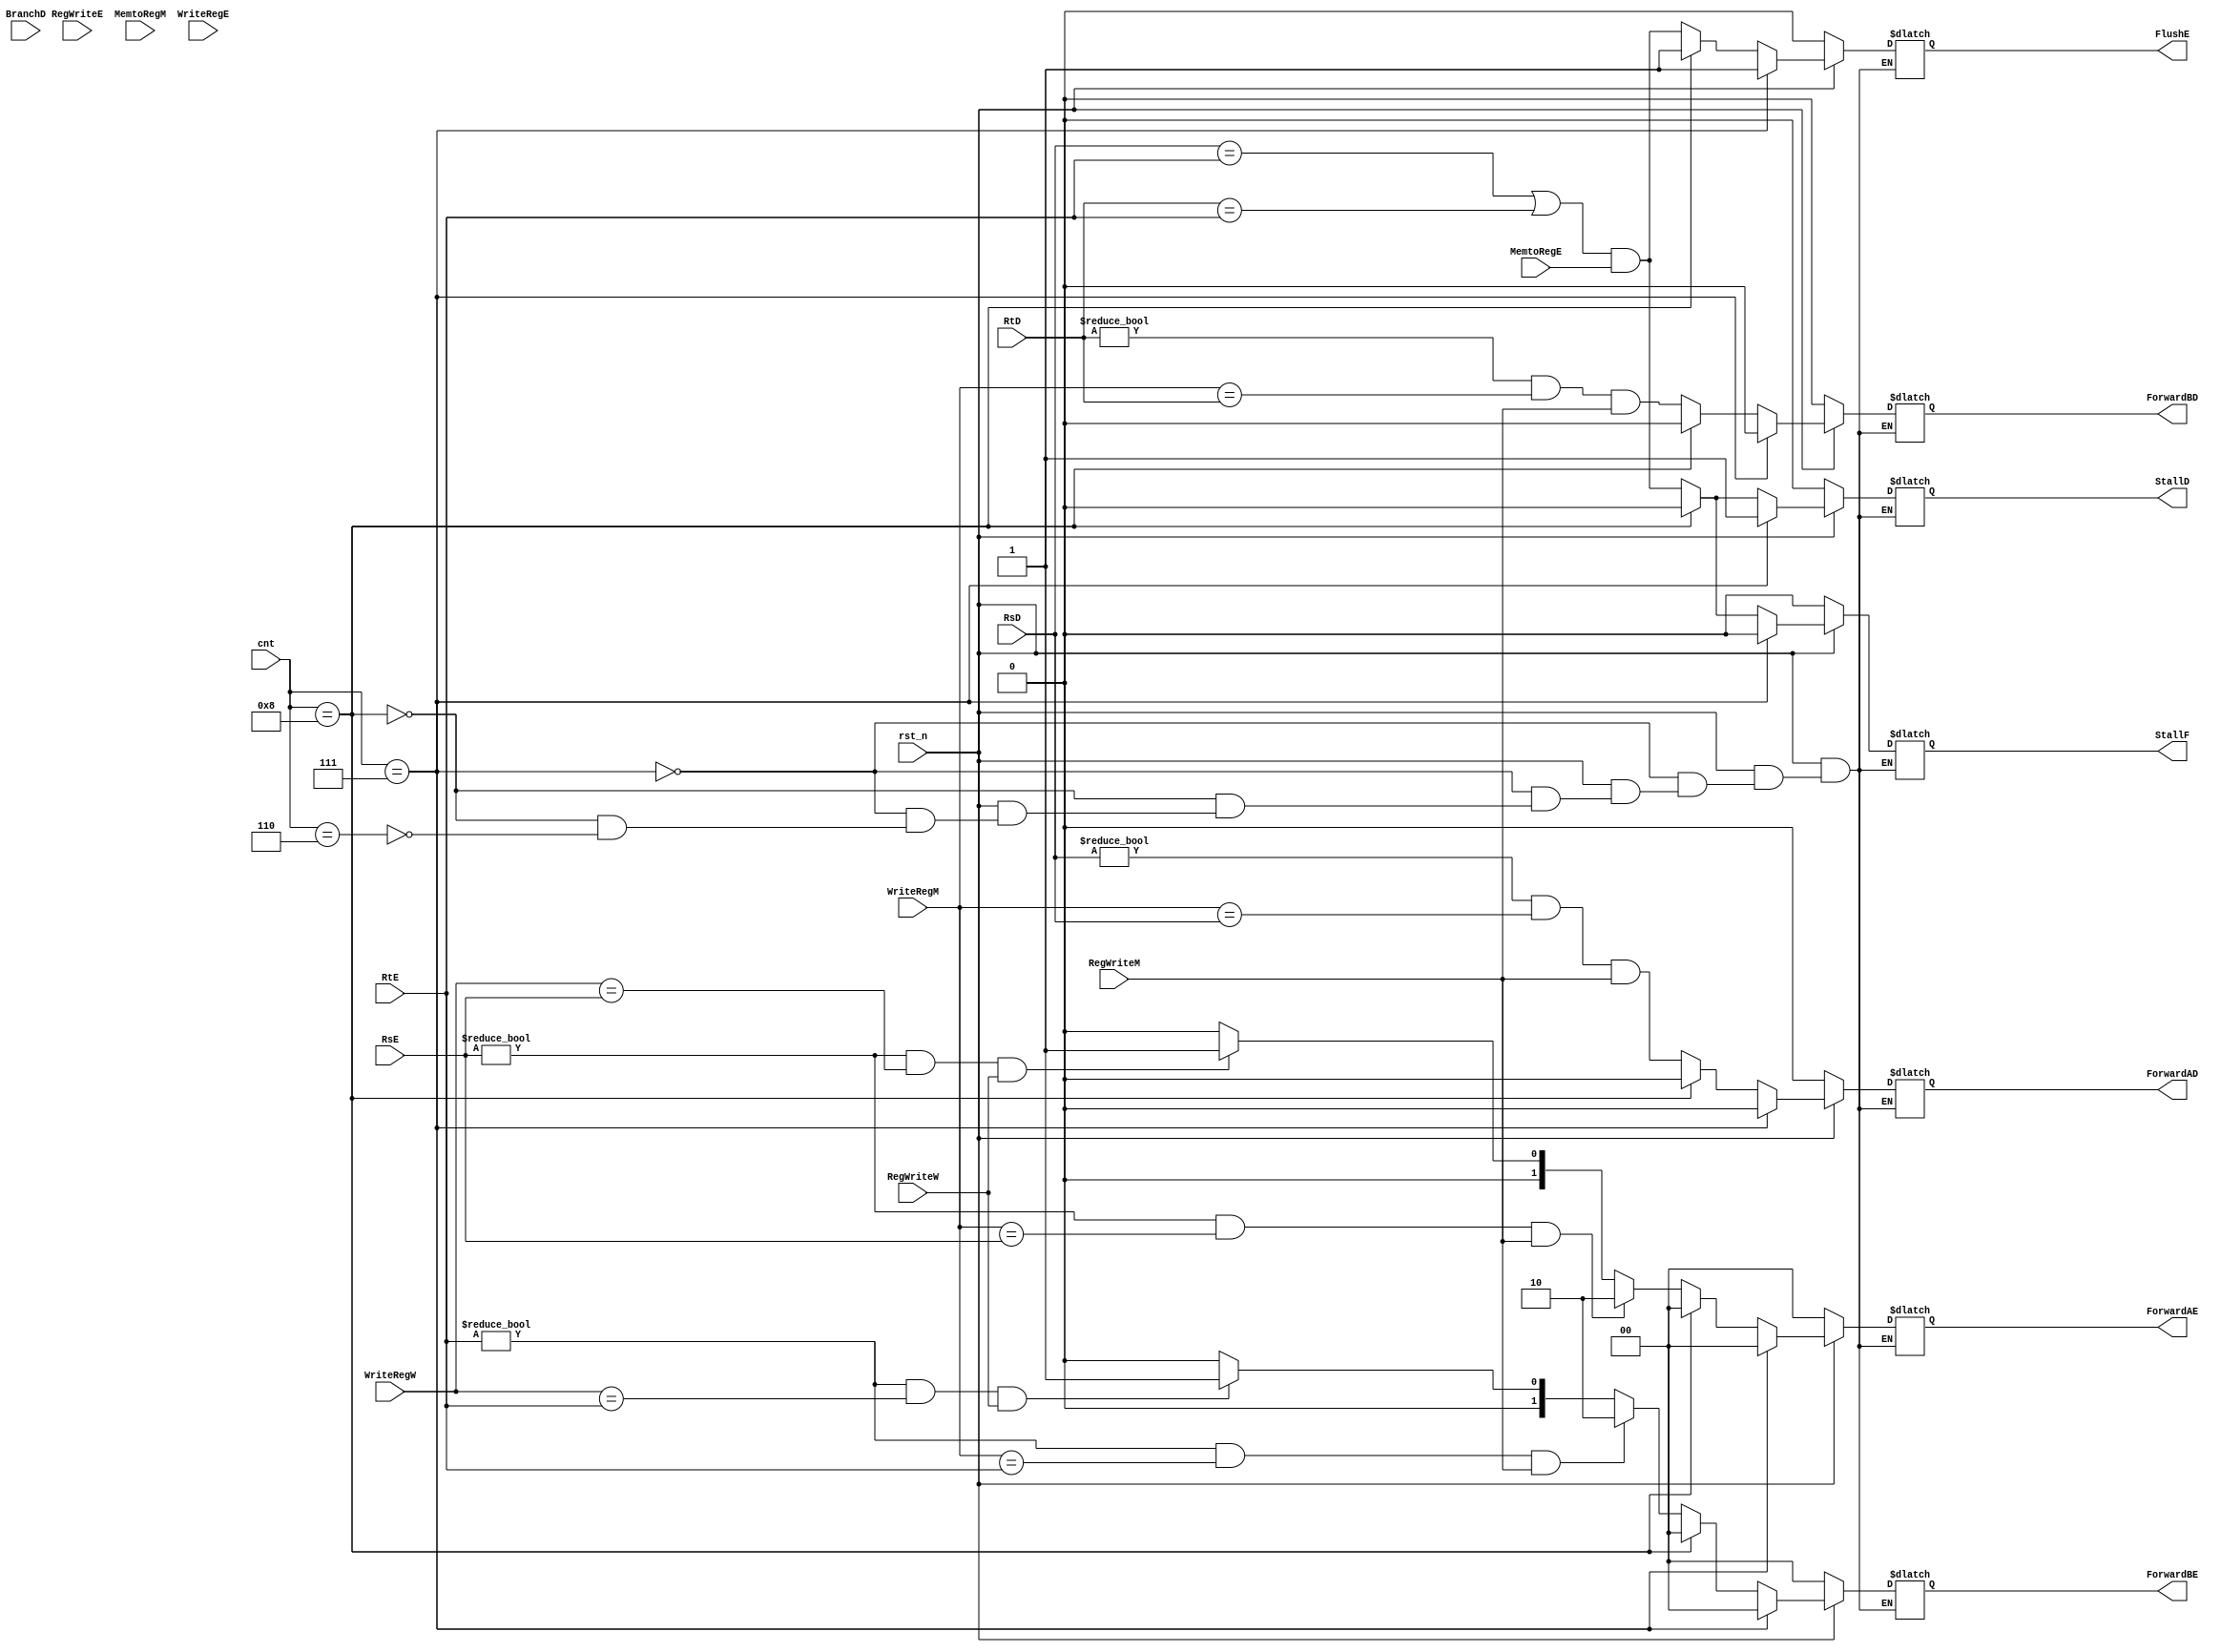
`timescale 1ns / 1ps
//////////////////////////////////////////////////////////////////////////////////
// Company: 
// Engineer: 
// 
// Design Name: 
// Module Name:    hazard_unit 
// Project Name: 
// Target Devices: 
// Tool versions: 
// Description: 
//
// Dependencies: 
//
// Revision: 
// Revision 0.01 - File Created
// Additional Comments: 
//
//////////////////////////////////////////////////////////////////////////////////
module hazard_unit(
	input rst_n,
	input [3:0] cnt,
	input RegWriteE,
	input RegWriteM,
	input RegWriteW,
	input MemtoRegE,
	input MemtoRegM,
	input BranchD,
	input [4:0] WriteRegE,
	input [4:0] WriteRegM,
	input [4:0] WriteRegW,
	input [4:0] RsD,
	input [4:0] RtD,
	input [4:0] RsE,
	input [4:0] RtE,
/*	output StallF,
	output StallD,
	output FlushE,
	output ForwardAD,
	output ForwardBD,
	output [1:0] ForwardAE,
	output [1:0] ForwardBE
*/ output reg StallF,
	output reg StallD,
	output reg FlushE,
	output reg ForwardAD,
	output reg ForwardBD,
	output reg [1:0] ForwardAE,
	output reg [1:0] ForwardBE
    );
	 
reg lwStall, branchStall;

/*
wire lwStall, branchStall;

assign lwStall = ((RsD == RtE) || (RtD == RtE)) && MemtoRegE;
assign branchStall = (BranchD && RegWriteE && ((WriteRegE == RsD) || (WriteRegE == RtD))) || (BranchD && MemtoRegM && ((WriteRegM == RsD) || (WriteRegM == RtD)));
assign FlushE = lwStall || branchStall;
assign StallD = FlushE;
assign StallF = StallD;

assign ForwardAD = (RsD != 0) && (WriteRegM == RsD) && RegWriteM;
assign ForwardBD = (RtD != 0) && (WriteRegM == RtD) && RegWriteM;
assign ForwardAE = ((RsE != 0) && (WriteRegM == RsE) && RegWriteM) ? 2'b10 : (((RsE != 0) && (WriteRegW == RsE) && RegWriteW) ? 2'b01 : 2'b00);
assign ForwardBE = ((RtE != 0) && (WriteRegM == RtE) && RegWriteM) ? 2'b10 : (((RtE != 0) && (WriteRegW == RtE) && RegWriteW) ? 2'b01 : 2'b00);
*/

always@(*)
begin
	if(!rst_n)
		begin
			StallF = 0;
			StallD = 0;
			FlushE = 0;
			ForwardAD = 0;
			ForwardBD = 0;
			ForwardAE = 0;
			ForwardBE = 0;
		end
	else if(cnt == 7)
		begin
			StallF = 0;
			StallD = 1;
			FlushE = 1;
			ForwardAD = 0;
			ForwardBD = 0;
			ForwardAE = 0;
			ForwardBE = 0;
		end
	else if(cnt == 8)
		begin
			StallF = 0;
			StallD = 0;
			FlushE = 1;
			ForwardAD = 0;
			ForwardBD = 0;
			ForwardAE = 0;
			ForwardBE = 0;
		end 
	else if(cnt == 6)
		begin
			lwStall = ((RsD == RtE) || (RtD == RtE)) && MemtoRegE;
			branchStall = (BranchD && RegWriteE && ((WriteRegE == RsD) || (WriteRegE == RtD))) || (BranchD && MemtoRegM && ((WriteRegM == RsD) || (WriteRegM == RtD)));
			FlushE = lwStall || branchStall;
			FlushE = lwStall;
			StallD = FlushE;
			StallF = StallD;
			ForwardAD = (RsD != 0) && (WriteRegM == RsD) && RegWriteM;
			ForwardBD = (RtD != 0) && (WriteRegM == RtD) && RegWriteM;
			ForwardAE = ((RsE != 0) && (WriteRegM == RsE) && RegWriteM) ? 2'b10 : (((RsE != 0) && (WriteRegW == RsE) && RegWriteW) ? 2'b01 : 2'b00);
			ForwardBE = ((RtE != 0) && (WriteRegM == RtE) && RegWriteM) ? 2'b10 : (((RtE != 0) && (WriteRegW == RtE) && RegWriteW) ? 2'b01 : 2'b00);
		/*	if((((RsD == RtE) || (RtD == RtE)) && MemtoRegE) || ((RsD == WriteRegM || RsD == WriteRegM) || (RtD == WriteRegM || RtD == WriteRegM)) && RegWriteM || ((RsD == WriteRegW || RsD == WriteRegW) || (RtD == WriteRegW || RtD == WriteRegW)) && RegWriteW)
				begin
					FlushE <= 1;
					StallD <= 1;
					StallF <= 1;
				end
			else
				begin
					FlushE <= 0;
					StallD <= 0;
					StallF <= 0;
				end */
		end
end

endmodule